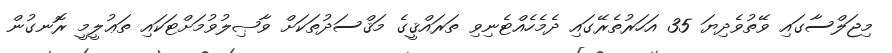
މިޖަލްސާގައި ވޭތުވެދިޔަ 35 އަހަރުތެރޭގައި ދެމެހެއްޓެނިވި ތަރައްޤީގެ މަޤްސަދުތަކަށް ވާޞިލުވުމަށްޓަކައި ތަޢުލީމީ ރޮނގުން